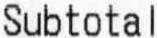
SUBTOTAL